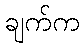
ချက်က